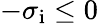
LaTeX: -\sigma_{\mathrm{i}}\leq 0